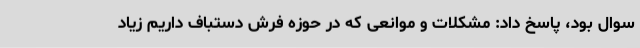
سوال بود، پاسخ داد: مشکلات و موانعی که در حوزه‌ فرش دستباف داریم زیاد